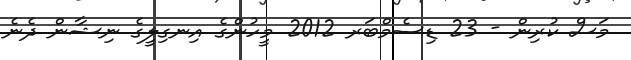
މަސް ކުރިން - 23 ޑިސެމްބަރ 2012 މީހުންގެ އިނގިލީގެ ނިޝާން ދެނެ